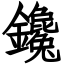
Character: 鑱